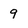
Character: 9